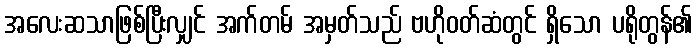
အလေးဆသာဖြစ်ပြီးလျှင် အက်တမ် အမှတ်သည် ဗဟိုဝတ်ဆံတွင် ရှိသော ပရိုတွန်၏